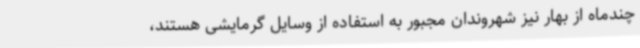
چندماه از بهار نیز شهروندان مجبور به استفاده از وسایل گرمایشی هستند،